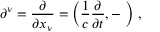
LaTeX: \partial ^ { \nu } = { \frac { \partial } { \partial x _ { \nu } } } = \left( { \frac { 1 } { c } } { \frac { \partial } { \partial t } } , - \mathbf { \nabla } \right) \, ,